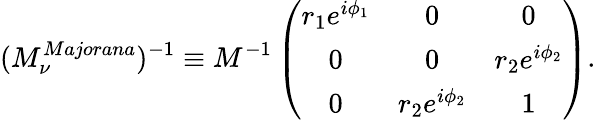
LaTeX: (M_{\nu}^{Majorana})^{-1}\equiv M^{-1}\left(\begin{array}{ccc}{{r_{1}e^{i\phi_{1}}}}&{{0}}&{{0\strut}}\\ {{0}}&{{0}}&{{r_{2}e^{i\phi_{2}}\strut}}\\ {{0}}&{{r_{2}e^{i\phi_{2}}}}&{{1}}\end{array}\right).